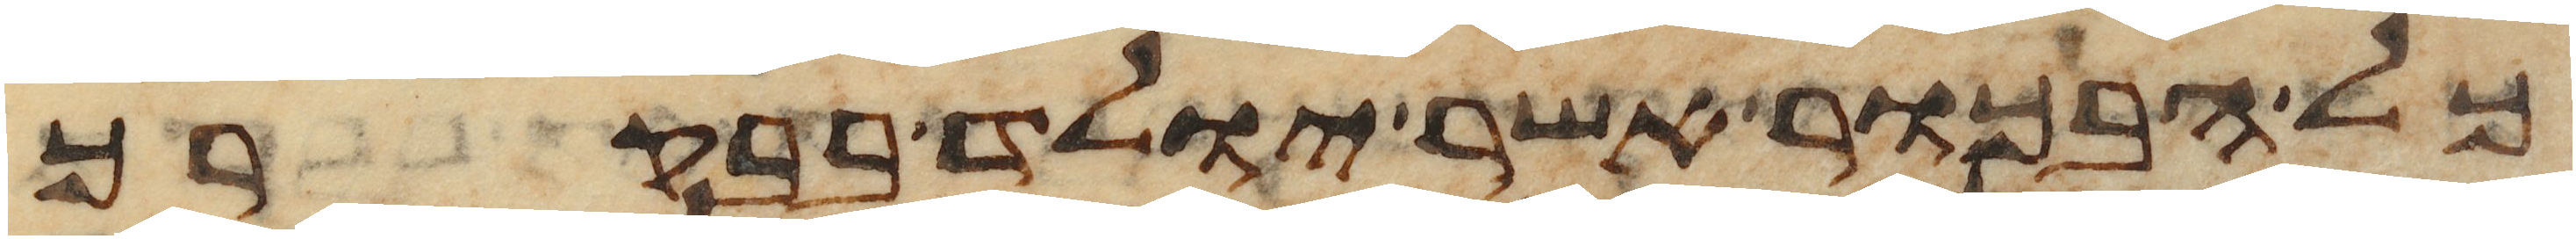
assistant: כל הבכור אשר יולד בבקרך